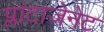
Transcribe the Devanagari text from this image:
प्लांटाजेनेट